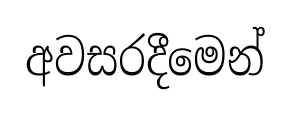
අවසරදීමෙන්